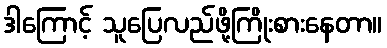
ဒါကြောင့် သူပြေလည်ဖို့ကြိုးစားနေတာ။